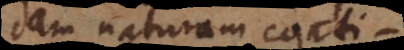
dam naturam conti